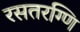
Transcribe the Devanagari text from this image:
रसतरग्णि